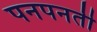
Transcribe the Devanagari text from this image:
पनपनती